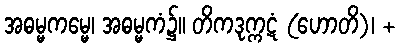
အဓမ္မကမ္မေ၊ အဓမ္မကံ၌။ တိကဒုက္ကဋံ (ဟောတိ)၊ +